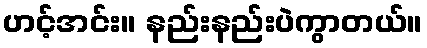
ဟင့်အင်း။ နည်းနည်းပဲကွာတယ်။